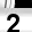
Digit: 2